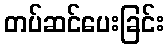
တပ်ဆင်ပေးခြင်း